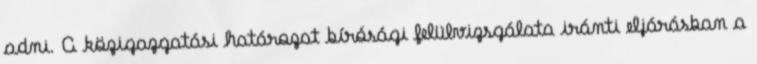
adni. A közigazgatási határozat bírósági felülvizsgálata iránti eljárásban a